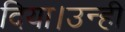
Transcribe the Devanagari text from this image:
दिया।उन्ही